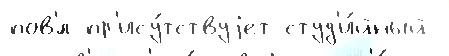
пов'́л пр'ису́тствуjет студ'и́йный